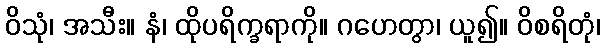
ဝိသုံ၊ အသီး။ နံ၊ ထိုပရိက္ခရာကို။ ဂဟေတွာ၊ ယူ၍။ ဝိစရိတုံ၊